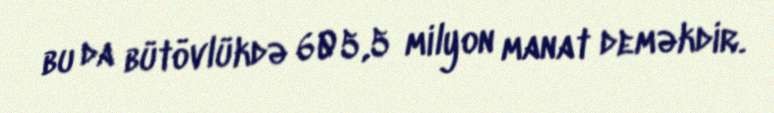
bu da bütövlükdə 605,5 milyon manat deməkdir.